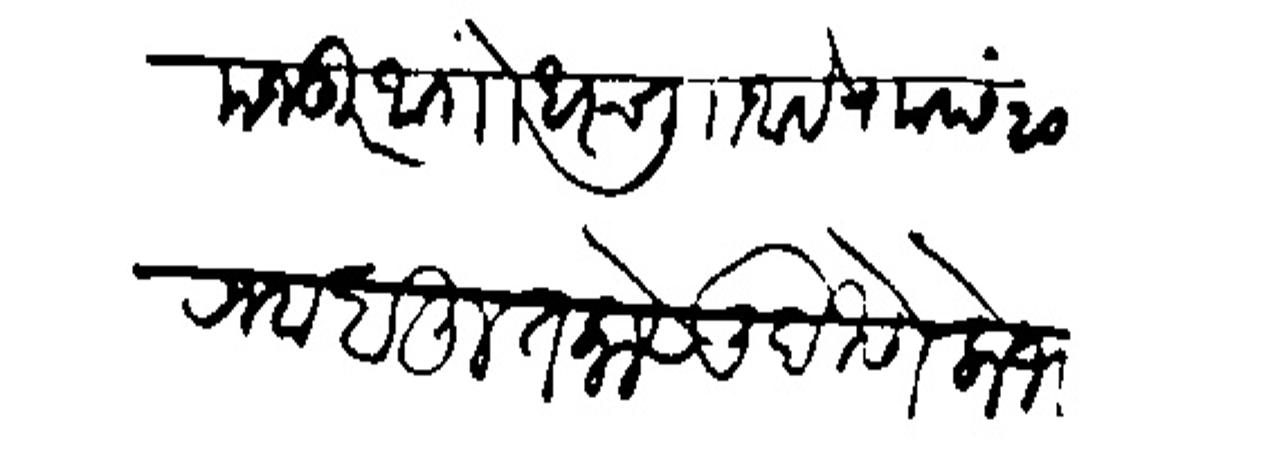
Transliteration (Devanagari): मजकूर आगोधरच लिाा आहे राा छ २० रजब बहुत काये लिहिणे लोभ